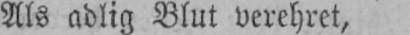
Als adlig Blut verehret,